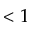
< 1